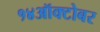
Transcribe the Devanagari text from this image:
१४ऑक्टोबर